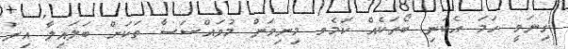
ގިނަވީ ހަމަ އެކަނި ބޯތަކެއް ކަމެވ މިނިވަން މުވައްސަސާ ތަކަށް ބަލައިލާ އިރު